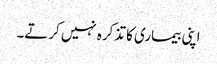
اپنی بیماری کا تذکرہ نہیں کرتے۔